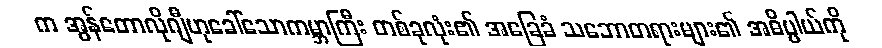
က အွန်တောလိုဂျီဟုခေါ်သောကမ္ဘာကြီး တစ်ခုလုံး၏ အခြေခံ သဘောတရားများ၏ အဓိပ္ပါယ်ကို